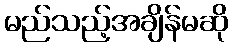
မည်သည့်အချိန်မဆို